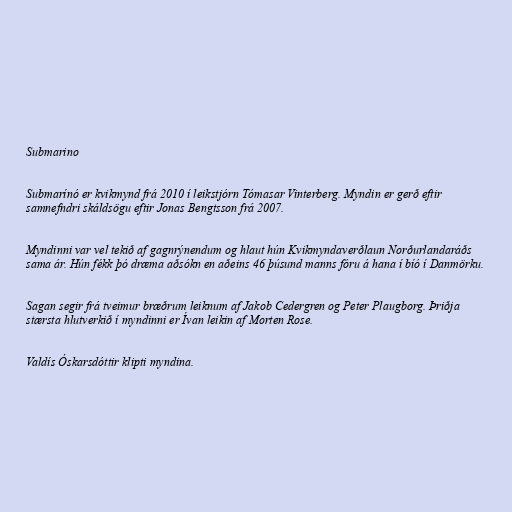
Submarino

Submarínó er kvikmynd frá 2010 í leikstjórn Tómasar Vinterberg. Myndin er gerð eftir
samnefndri skáldsögu eftir Jonas Bengtsson frá 2007.

Myndinni var vel tekið af gagnrýnendum og hlaut hún Kvikmyndaverðlaun Norðurlandaráðs
sama ár. Hún fékk þó dræma aðsókn en aðeins 46 þúsund manns fóru á hana í bíó í Danmörku.

Sagan segir frá tveimur bræðrum leiknum af Jakob Cedergren og Peter Plaugborg. Þriðja
stærsta hlutverkið í myndinni er Ívan leikin af Morten Rose.

Valdís Óskarsdóttir klipti myndina.